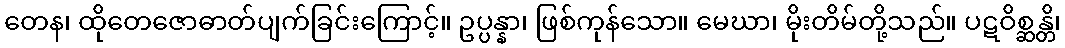
တေန၊ ထိုတေဇောဓာတ်ပျက်ခြင်းကြောင့်။ ဥပ္ပန္နာ၊ ဖြစ်ကုန်သော။ မေဃာ၊ မိုးတိမ်တို့သည်။ ပဋဝိစ္ဆန္တိ၊